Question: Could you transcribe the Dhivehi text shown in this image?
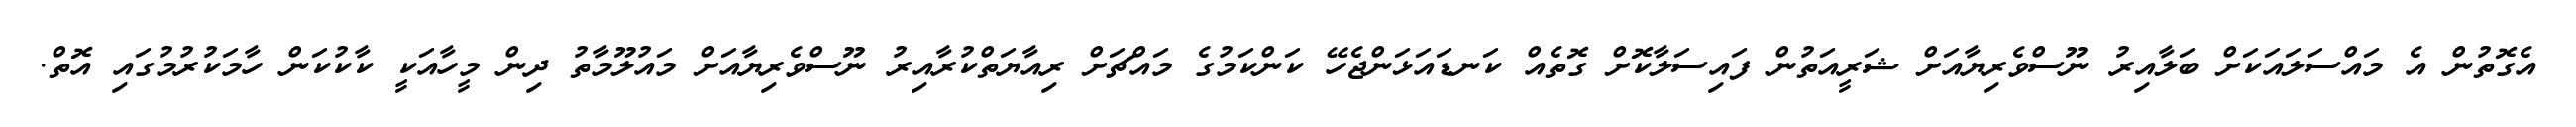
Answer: އެގޮތުން އެ މައްސަލައަކަށް ބަލާއިރު ނޫސްވެރިޔާއަށް ޝަރީއަތުން ފައިސަލާކޮށް ގޮތެއް ކަނޑައަޅަންޖެހޭ ކަންކަމުގެ މައްޗަށް ރިއާޔަތްކުރާއިރު ނޫސްވެރިޔާއަށް މައުލޫމާތު ދިން މީހާއަކީ ކާކުކަން ހާމަކުރުމުގައި އޮތް.